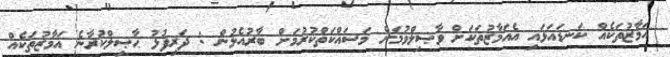
އަމާޒުތަކެއް ކަނޑައަޅައި އެއަމާޒުތަކަށް ވާޞިލްވުމަށް މަސައްކަތްކުރުމަށް ބާރުއެޅުން : ދަރިފުޅު ޙާޞިލްކުރާނެ އަމާޒުތަކެއް